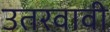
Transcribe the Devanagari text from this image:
उतरवावी